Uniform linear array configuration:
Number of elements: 8
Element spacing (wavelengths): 0.5
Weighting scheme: binomial
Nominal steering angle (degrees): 45
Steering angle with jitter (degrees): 44.839
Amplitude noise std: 0.05
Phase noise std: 0.05

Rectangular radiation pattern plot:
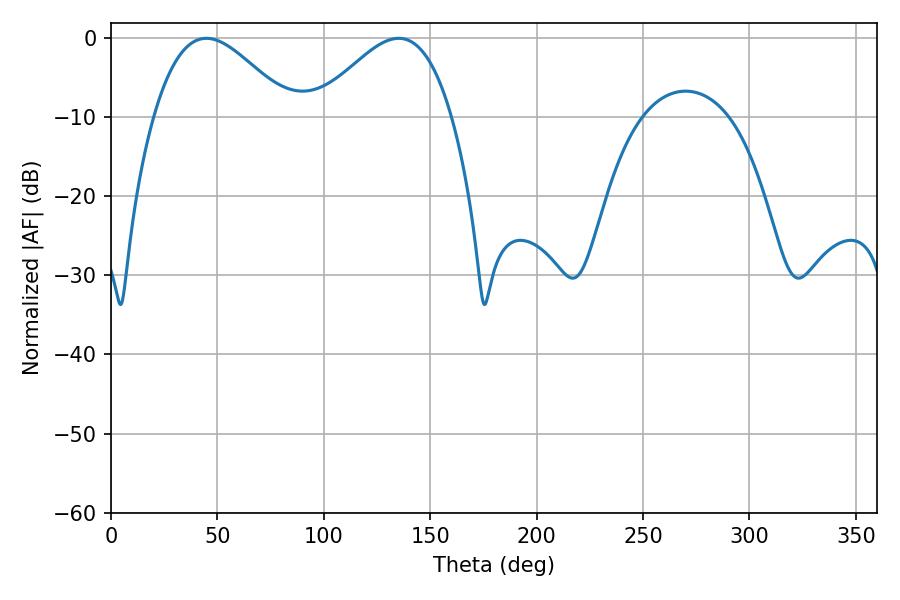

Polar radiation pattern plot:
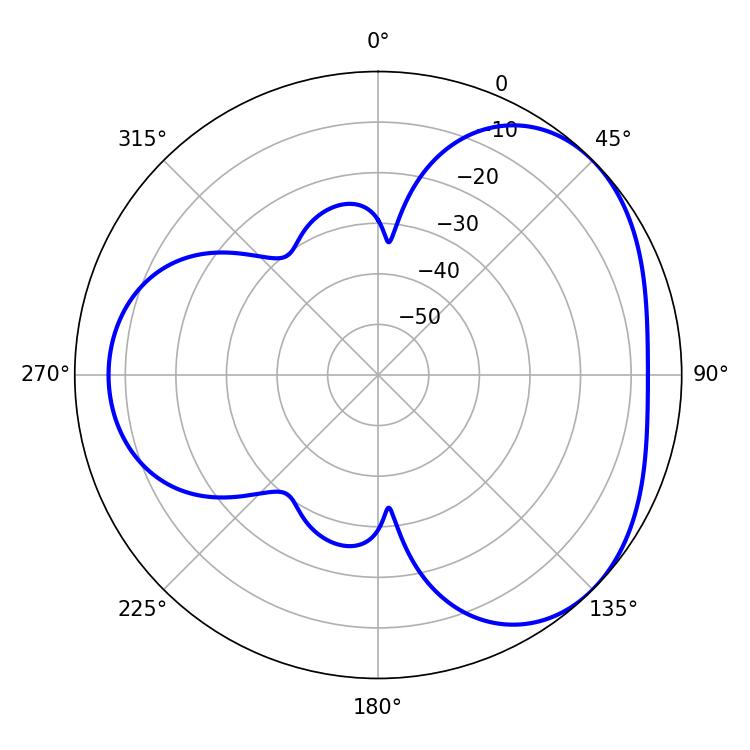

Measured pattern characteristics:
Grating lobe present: FALSE
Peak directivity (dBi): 3.689
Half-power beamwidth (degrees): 34.56
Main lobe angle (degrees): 44.82